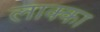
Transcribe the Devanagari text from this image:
लाक्का